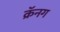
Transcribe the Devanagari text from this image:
क्रॅनग